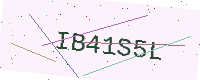
Text: IB41S5L